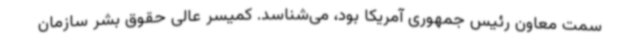
سمت معاون رئیس جمهوری آمریکا بود، می‌شناسد. کمیسر عالی حقوق بشر سازمان